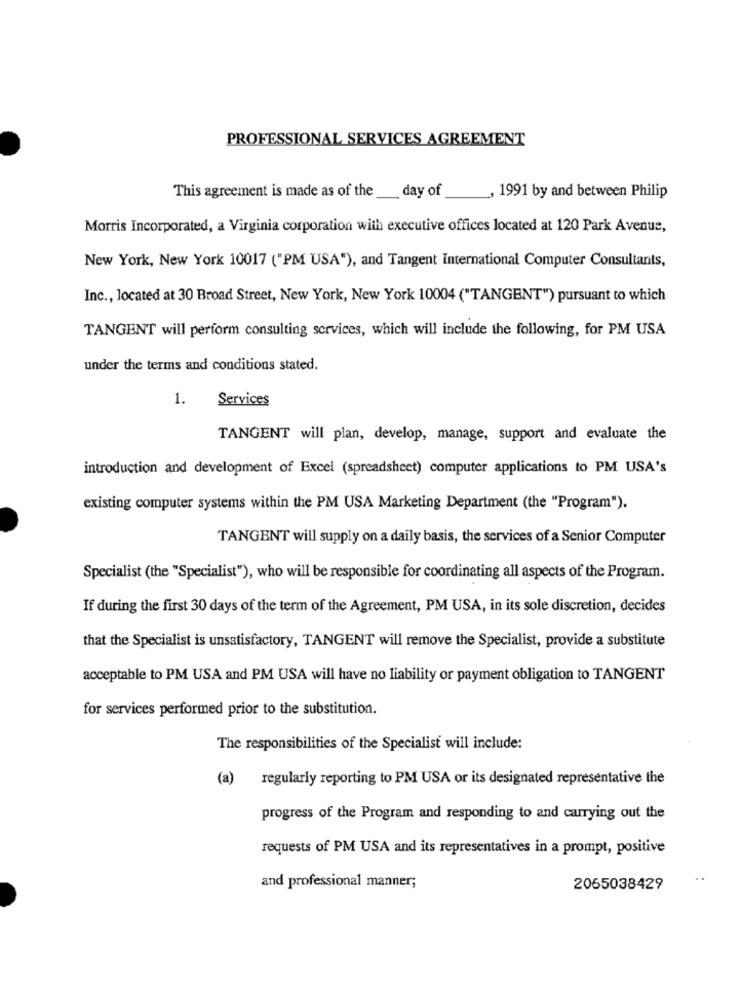
PROFESSIONAL SERVICES AGREEMENT
This agreement is made as of the _day of
1991 by and between Philip
Morris Incorporated, a Virginia corporation with executive offices located at 120 Park Avenue,
New York, New York 10017 ("PM USA"), and Tangent International Computer Consultants,
Inc ., located at 30 Broad Street, New York, New York 10004 ("TANGENT") pursuant to which
TANGENT will perform consulting services, which will include the following, for PM USA
under the terms and conditions stated.
1.
Services
TANGENT will plan, develop, manage, support and evaluate the
introduction and development of Excel (spreadsheet) computer applications to PM USA's
existing computer systems within the PM USA Marketing Department (the "Program").
TANGENT will supply on a daily basis, the services of a Senior Computer
Specialist (the "Specialist"), who will be responsible for coordinating all aspects of the Program.
If during the first 30 days of the term of the Agreement, PM USA, in its sole discretion, decides
that the Specialist is unsatisfactory, TANGENT will remove the Specialist, provide a substitute
acceptable to PM USA and PM USA will have no liability or payment obligation to TANGENT
for services performed prior to the substitution.
The responsibilities of the Specialist will include:
(a) regularly reporting to PM USA or its designated representative the
progress of the Program and responding to and carrying out the
requests of PM USA and its representatives in a prompt, positive
..
and professional manner;
2065038429